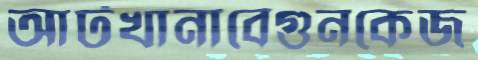
আটখানাবেগুনকেজ